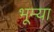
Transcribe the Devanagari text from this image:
भूम्या